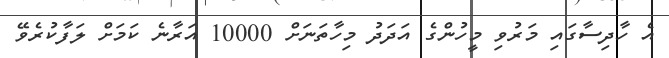
އެ ހާދިސާގައި މަރުވި މީހުންގެ އަަދަދު މިހާތަނަށް 10000 އަރާނެ ކަމަށް ލަފާކުރެވޭ